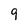
Character: 9